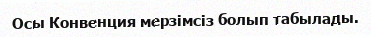
Осы Конвенция мерзімсіз болып табылады.